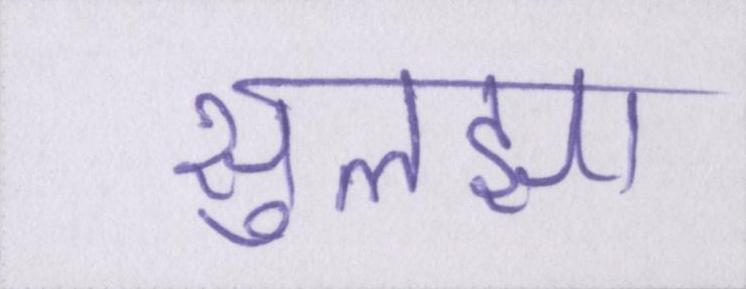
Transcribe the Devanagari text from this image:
सुलझा